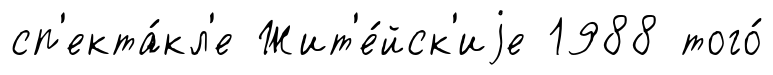
сп'екта́кл'е Жит'е́йск'иjе 1988 того́